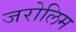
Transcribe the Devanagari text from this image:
जरोलिम